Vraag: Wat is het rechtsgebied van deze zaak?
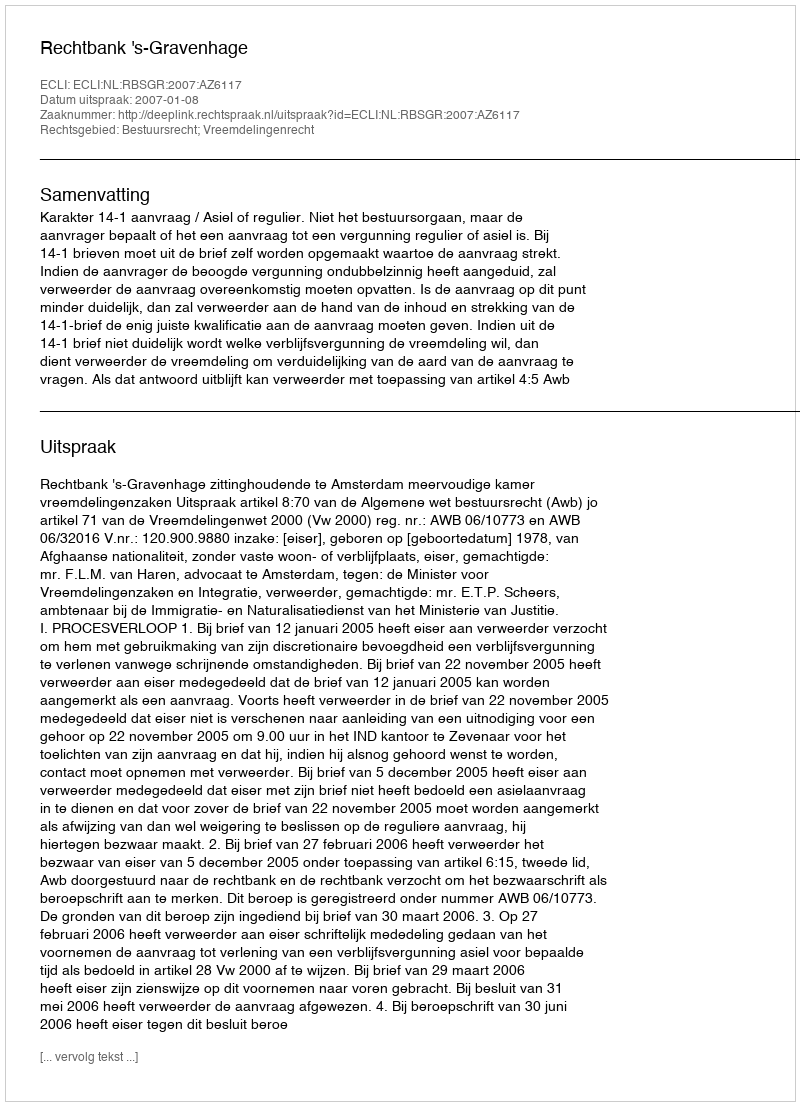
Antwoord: Bestuursrecht; Vreemdelingenrecht